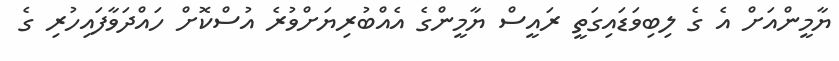
ޔާމީންއަށް އެ ގެ ލިބިވަޑައިގަތީ ރައީސް ޔާމީންގެ އެއްބުރިޔަށްވުރެ އުސްކޮށް ހައްދަވާފައިހުރި ގެ